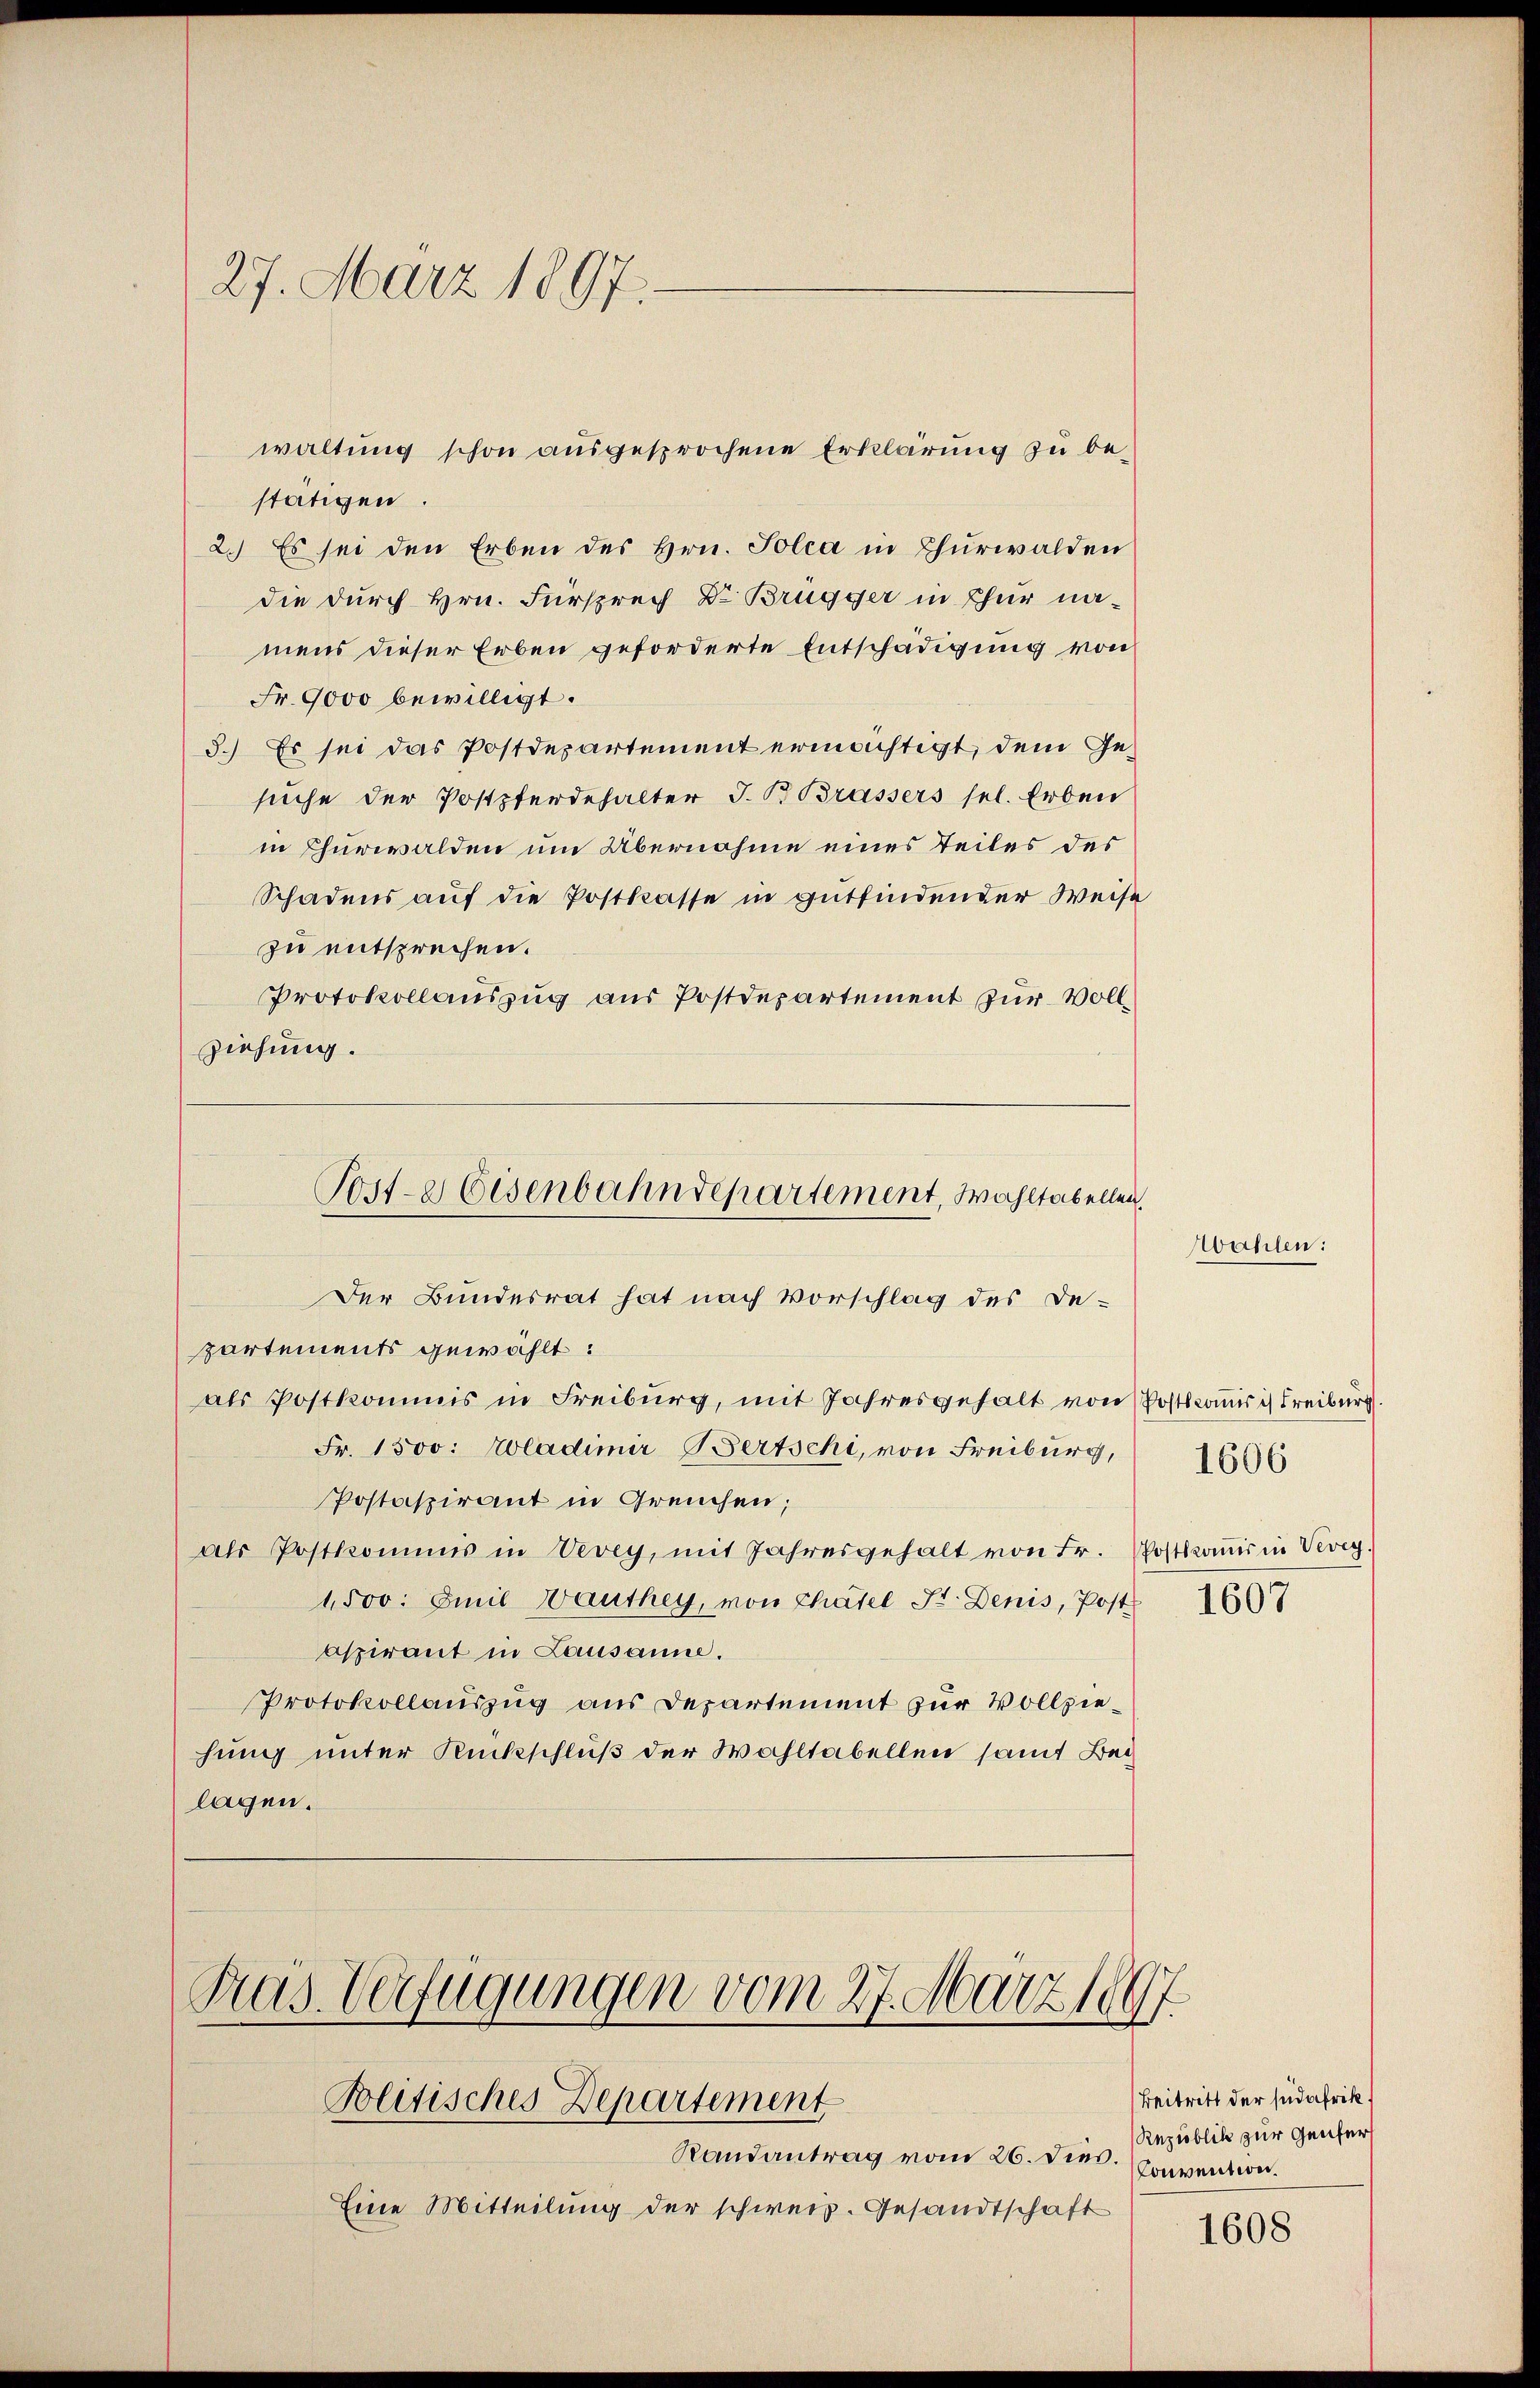
27. März 1897.

stätigen.
2.) Es sei den Erben des Hrn. Solca in Thurwalden
die durch Hrn. Fürsprech Dr Brügger in Thur namens dieser Erben geforderte Entschädigung von
Fr. 9000 bewilligt.
3.) Es sei das Postdepartement ermächtigt, dem Gesuche der Postpferdehalter J. B. Brassers sel. Erben
in Churwalden um Übernahme eines Teiles des
Schadens auf die Postkasse in gutfindender Weise
zu entsprechen.
Protokollauszug aus Postdepartement zur Vollziehung.

waltung schon ausgesprochene Erklärung zu be¬

partements gewählt:
als Postkommis in Freiburg, mit Jahresgehalt von Postkanis ist Freiburg.
Fr. 1500: Wladimir BBertschi, von Freiburg,
Postaspirant in Greuchen;
als Postkommis in Vevey, mit Jahresgehalt von Fr. Postkanis in Vevey.
1,500. Emil Wauthey, von Chatel Sr. Denis, Post
aspirant in Lausanne.
Protokollauszug aus Departement zur Vollziehung unter Rückschluß der Wahltabellen samt Bei
lagen.

Poste Eisenbahndepartement, Wahltabellen.
Der Bundesrat hat nach Vorschlag des De-

Pras. Verfügungen vom 27. März 1897.
Politisches Departement

Randantrag vom 26. dies.
Eine Mitteilung der schweiz. Gesandtschaft

Wahlen:

1606

1607

Beitritt der südafrik
Reziöblick zur Genfert
Convention.

1608